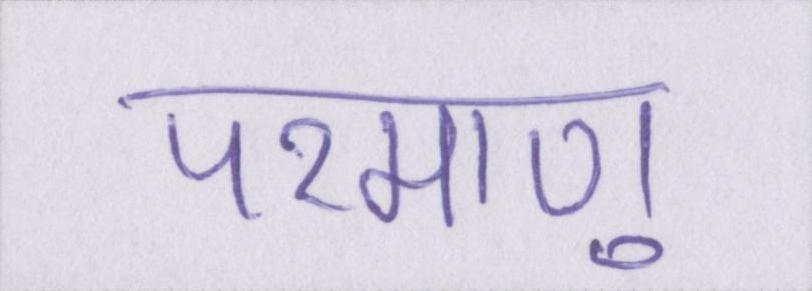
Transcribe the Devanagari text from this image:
परमाणु